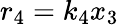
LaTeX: r_{4}=k_{4}x_{3}